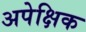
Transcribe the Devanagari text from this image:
अपेक्षिक